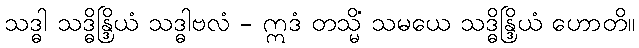
သဒ္ဓါ သဒ္ဓိန္ဒြိယံ သဒ္ဓါဗလံ - ဣဒံ တသ္မိံ သမယေ သဒ္ဓိန္ဒြိယံ ဟောတိ။